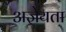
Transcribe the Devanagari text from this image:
अज्ञेयता